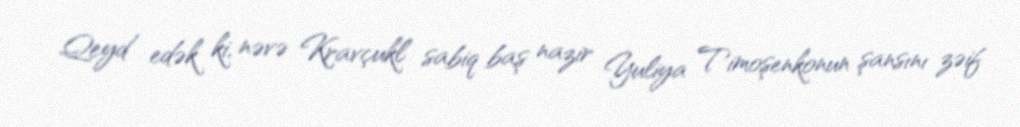
Qeyd edək ki, nəvə Kravçukl sabiq baş nazir Yuliya Timoşenkonun şansını zəif